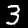
Label: 3